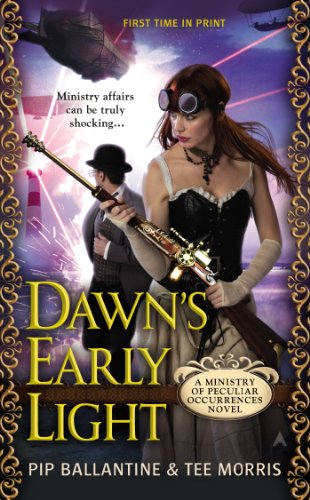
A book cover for Dawn's Early Light (Ministry of Peculiar Occurrences); Pip Ballantine; Science Fiction & Fantasy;